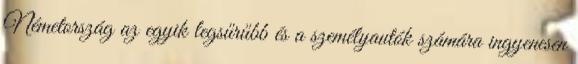
Németország az egyik legsűrűbb és a személyautók számára ingyenesen